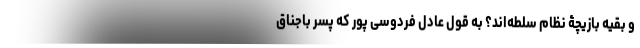
و بقیه بازیچۀ نظام سلطه‌اند؟ به قول عادل فردوسی پور که پسر باجناق